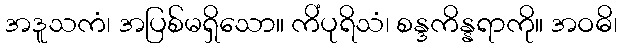
အဒူသကံ၊ အပြစ်မရှိသော။ ကိံပုရိသံ၊ စန္ဒကိန္နရာကို။ အဝဓိ၊